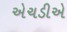
એચડીએ